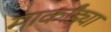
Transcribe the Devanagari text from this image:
मार्कांड्या